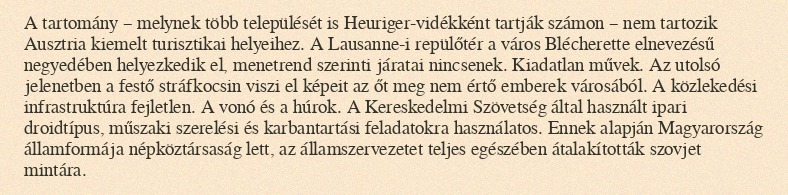
A tartomány – melynek több települését is Heuriger-vidékként tartják számon – nem tartozik Ausztria kiemelt turisztikai helyeihez. A Lausanne-i repülőtér a város Blécherette elnevezésű negyedében helyezkedik el, menetrend szerinti járatai nincsenek. Kiadatlan művek. Az utolsó jelenetben a festő stráfkocsin viszi el képeit az őt meg nem értő emberek városából. A közlekedési infrastruktúra fejletlen. A vonó és a húrok. A Kereskedelmi Szövetség által használt ipari droidtípus, műszaki szerelési és karbantartási feladatokra használatos. Ennek alapján Magyarország államformája népköztársaság lett, az államszervezetet teljes egészében átalakították szovjet mintára.